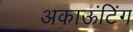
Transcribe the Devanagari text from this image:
अकाऊंटिंग